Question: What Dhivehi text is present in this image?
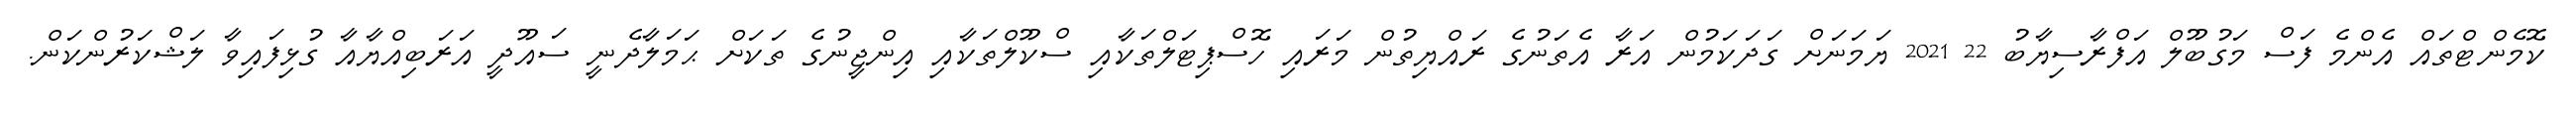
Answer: ކޮމެންޓްތައް އެންމެ ފަސް މަގުބޫލް އަފްރާސިޔާބު 22 2021 ޔަމަނަށް ގަދަކަމުން އަރާ އެތަނުގެ ރައްޔިތުން މަރައި ހޮސްޕިޓަލްތަކާއި ސްކޫލްތަކާއި އިންޖީނުގެ ތަކަށް ޙަމަލާދެނީ ސައޫދީ އަރަބިއްޔާއާ ގުޅިފައިވާ ލަޝްކަރުންކަން.